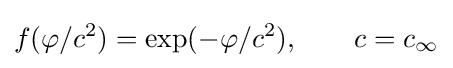
f(\varphi /c^{2})=\exp(-\varphi /c^{2}),\qquad c=c_{\infty }